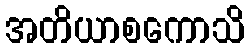
အတိယာစကောသိ